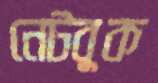
নেটবুক